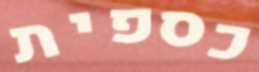
כספית